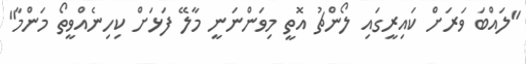
"ލައްބަ ވަރަށް ކައިރީގައި ލޯންޗު އޮތީ މިވަންނަނީ މާލޭ ފަޅަށް ކިހިނެއްވީތޯ މަންމާ"